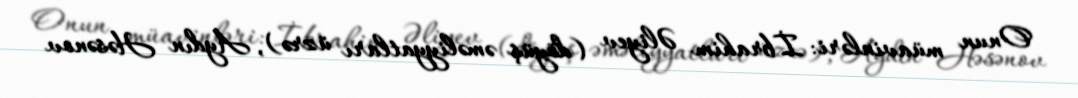
Onun müavinləri: İbrahim Əliyev (döyüş əməliyyatları üzrə), Aydın Həsənov